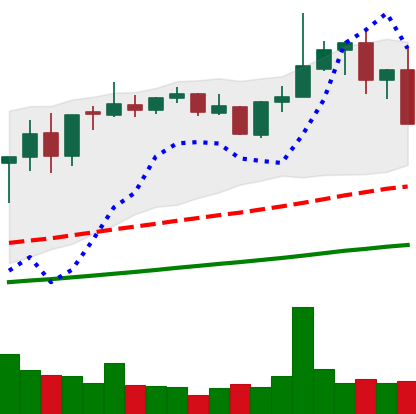
Ticker: XMR-USD
Chart end date: 2021-05-12
Forward return: -13.38%
Label: down_7plus